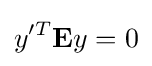
y'^{T}\mathbf {E} y=0